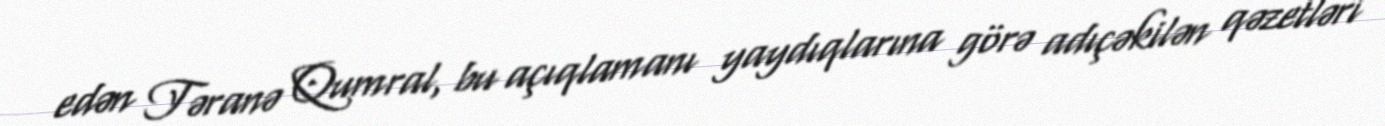
edən Təranə Qumral, bu açıqlamanı yaydıqlarına görə adıçəkilən qəzetləri